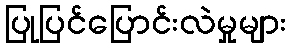
ပြုပြင်ပြောင်းလဲမှုများ